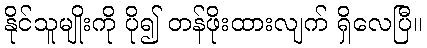
နိုင်သူမျိုးကို ပို၍ တန်ဖိုးထားလျက် ရှိလေပြီ။